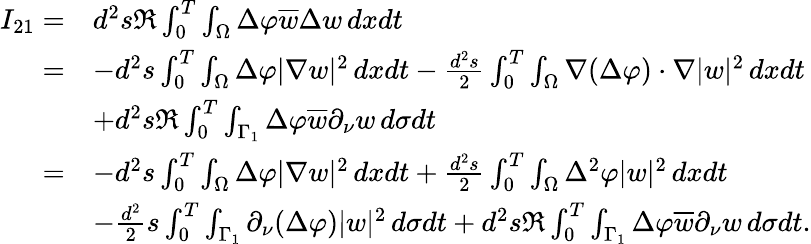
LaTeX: \begin{array}{rl}{I_{21}=}&{d^{2}s\Re\int_{0}^{T}\int_{\Omega}\Delta\varphi\overline{{w}}\Delta w\, dxdt}\\ {=}&{-d^{2}s\int_{0}^{T}\int_{\Omega}\Delta\varphi|\nabla w|^{2}\, dxdt-\frac{d^{2}s}{2}\int_{0}^{T}\int_{\Omega}\nabla(\Delta\varphi)\cdot\nabla|w|^{2}\, dxdt}\\ &{+d^{2}s\Re\int_{0}^{T}\int_{\Gamma_{1}}\Delta\varphi\overline{{w}}\partial_{\nu}w\, d\sigma dt}\\ {=}&{-d^{2}s\int_{0}^{T}\int_{\Omega}\Delta\varphi|\nabla w|^{2}\, dxdt+\frac{d^{2}s}{2}\int_{0}^{T}\int_{\Omega}\Delta^{2}\varphi|w|^{2}\, dxdt}\\ &{-\frac{d^{2}}{2}s\int_{0}^{T}\int_{\Gamma_{1}}\partial_{\nu}(\Delta\varphi)|w|^{2}\, d\sigma dt+d^{2}s\Re\int_{0}^{T}\int_{\Gamma_{1}}\Delta\varphi\overline{{w}}\partial_{\nu}w\, d\sigma dt.}\end{array}